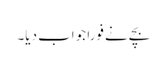
بچے نے فوراً جواب دیا۔